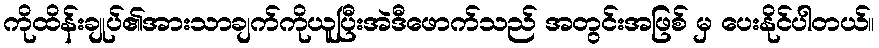
ကိုထိန်းချုပ်၏အားသာချက်ကိုယူပြီးအဲဒီဖောက်သည် အတွင်းအဖြစ် မှ ပေးနိုင်ပါတယ်။